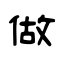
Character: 做